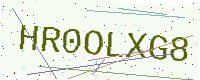
Text: HR0OLXG8